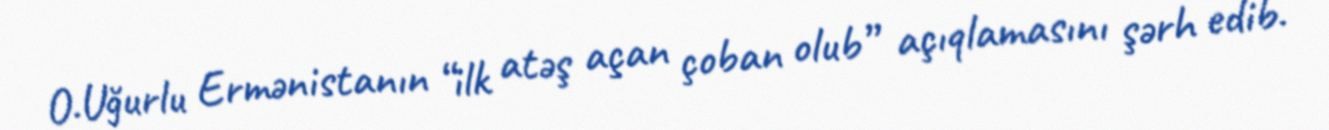
O.Uğurlu Ermənistanın “ilk atəş açan çoban olub” açıqlamasını şərh edib.